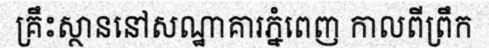
គ្រឹះស្ថាននៅសណ្ឋាគារភ្នំពេញ កាលពីព្រឹក